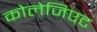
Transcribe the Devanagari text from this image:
कोलेजिएट